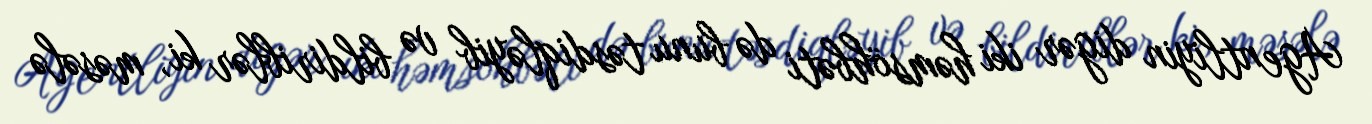
Agentliyin digər iki həmsöhbəti də bunu təsdiqləyib və bildiriblər ki, məsələ